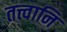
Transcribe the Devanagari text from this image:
तत्त्वानि